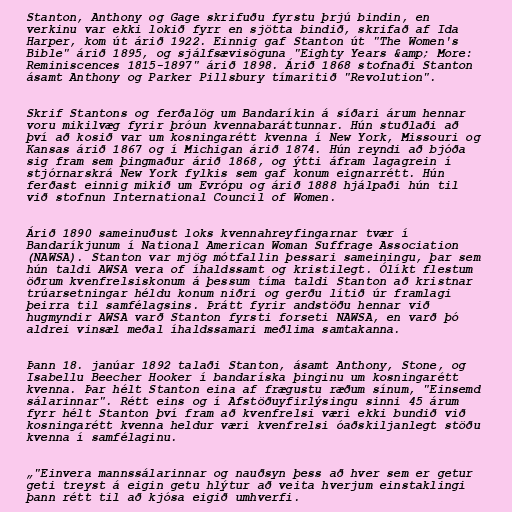
Stanton, Anthony og Gage skrifuðu fyrstu þrjú bindin, en
verkinu var ekki lokið fyrr en sjötta bindið, skrifað af Ida
Harper, kom út árið 1922. Einnig gaf Stanton út "The Women's
Bible" árið 1895, og sjálfsævisöguna "Eighty Years &amp; More:
Reminiscences 1815-1897" árið 1898. Árið 1868 stofnaði Stanton
ásamt Anthony og Parker Pillsbury tímaritið "Revolution".

Skrif Stantons og ferðalög um Bandaríkin á síðari árum hennar
voru mikilvæg fyrir þróun kvennabaráttunnar. Hún stuðlaði að
því að kosið var um kosningarétt kvenna í New York, Missouri og
Kansas árið 1867 og í Michigan árið 1874. Hún reyndi að bjóða
sig fram sem þingmaður árið 1868, og ýtti áfram lagagrein í
stjórnarskrá New York fylkis sem gaf konum eignarrétt. Hún
ferðast einnig mikið um Evrópu og árið 1888 hjálpaði hún til
við stofnun International Council of Women.

Árið 1890 sameinuðust loks kvennahreyfingarnar tvær í
Bandaríkjunum í National American Woman Suffrage Association
(NAWSA). Stanton var mjög mótfallin þessari sameiningu, þar sem
hún taldi AWSA vera of íhaldssamt og kristilegt. Ólíkt flestum
öðrum kvenfrelsiskonum á þessum tíma taldi Stanton að kristnar
trúarsetningar héldu konum niðri og gerðu lítið úr framlagi
þeirra til samfélagsins. Þrátt fyrir andstöðu hennar við
hugmyndir AWSA varð Stanton fyrsti forseti NAWSA, en varð þó
aldrei vinsæl meðal íhaldssamari meðlima samtakanna.

Þann 18. janúar 1892 talaði Stanton, ásamt Anthony, Stone, og
Isabellu Beecher Hooker í bandaríska þinginu um kosningarétt
kvenna. Þar hélt Stanton eina af frægustu ræðum sínum, "Einsemd
sálarinnar". Rétt eins og í Afstöðuyfirlýsingu sinni 45 árum
fyrr hélt Stanton því fram að kvenfrelsi væri ekki bundið við
kosningarétt kvenna heldur væri kvenfrelsi óaðskiljanlegt stöðu
kvenna í samfélaginu.

„"Einvera mannssálarinnar og nauðsyn þess að hver sem er getur
geti treyst á eigin getu hlýtur að veita hverjum einstaklingi
þann rétt til að kjósa eigið umhverfi.